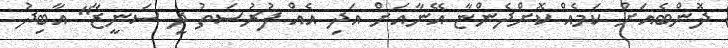
ދޮންބެއަށް ކަމެއް ކޮށްދެންޏާ އޭނާއަށް އަދި އެއް ފުރުސަތު ދީ ސަނީޒާ" އާބިދު